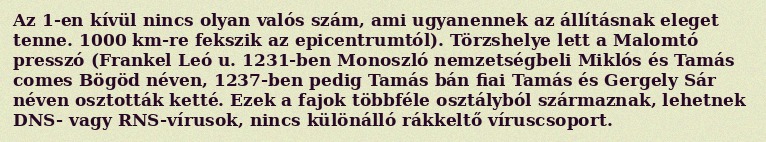
Az 1-en kívül nincs olyan valós szám, ami ugyanennek az állításnak eleget tenne. 1000 km-re fekszik az epicentrumtól). Törzshelye lett a Malomtó presszó (Frankel Leó u. 1231-ben Monoszló nemzetségbeli Miklós és Tamás comes Bögöd néven, 1237-ben pedig Tamás bán fiai Tamás és Gergely Sár néven osztották ketté. Ezek a fajok többféle osztályból származnak, lehetnek DNS- vagy RNS-vírusok, nincs különálló rákkeltő víruscsoport.